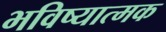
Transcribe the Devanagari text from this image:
भविष्यात्मक